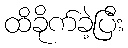
ထိခိုက်ခဲ့ပြီး